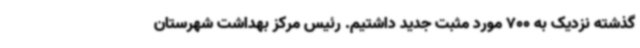
گذشته نزدیک به 700 مورد مثبت جدید داشتیم. رئیس مرکز بهداشت شهرستان